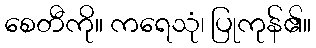
စေတီကို။ ကရေသုံ၊ ပြုကုန်၏။